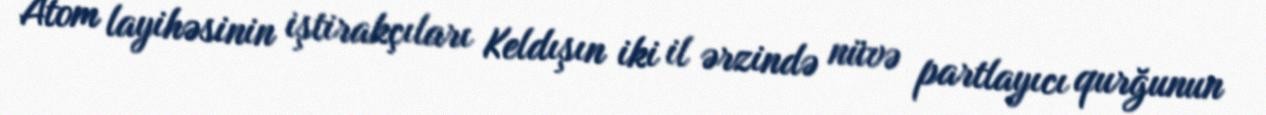
Atom layihəsinin iştirakçıları Keldışın iki il ərzində nüvə partlayıcı qurğunun